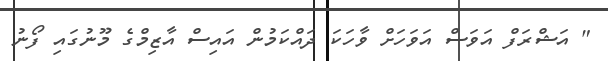
" އަޝްރަފް އަވަސް އަވަހަށް ވާހަކަ ދައްކަމުން އައިސް އާޒިމްގެ މޫނުގައި ފޯނު